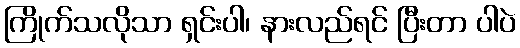
ကြိုက်သလိုသာ ရှင်းပါ၊ နားလည်ရင် ပြီးတာ ပါပဲ